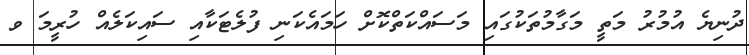
ދުނިޔެ އުމުރު މަތީ މަގާމުތަކުގައި މަސައްކަތްކޮށް ހަމައެކަނި ފުލެޓަކާއި ސައިކަލެއް ހުރީމަ ވ